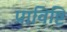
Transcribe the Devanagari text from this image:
प्राविष्टि